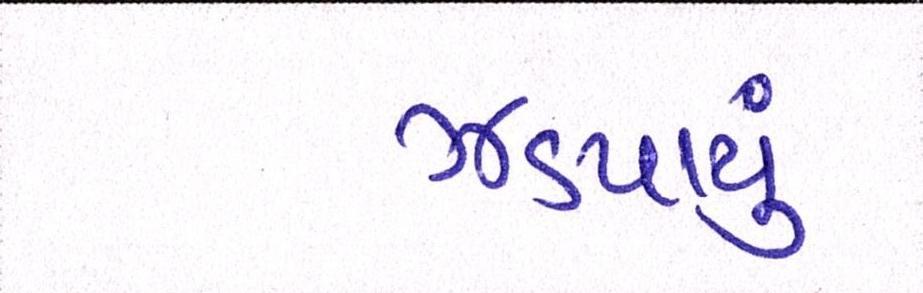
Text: ઝડપાયું